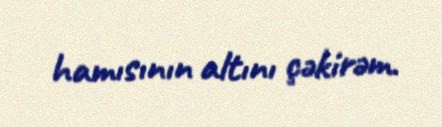
hamısının altını çəkirəm.